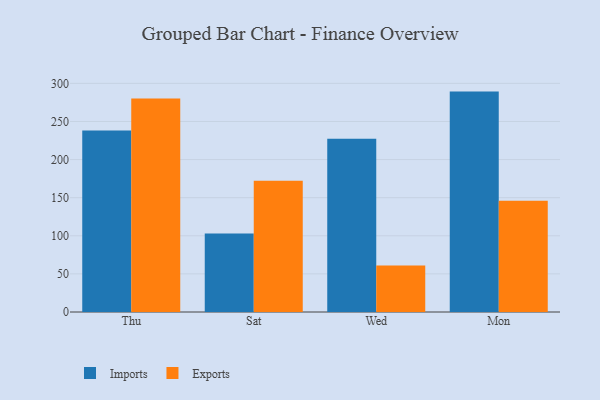
{"axis": {"x": "Day", "y": "Bounce Rate (%)"}, "legend": ["Exports", "Imports"], "data": [{"x": "Thu", "y": 238.2, "type": "Imports"}, {"x": "Thu", "y": 280.2, "type": "Exports"}, {"x": "Sat", "y": 103.1, "type": "Imports"}, {"x": "Sat", "y": 172.3, "type": "Exports"}, {"x": "Wed", "y": 227.2, "type": "Imports"}, {"x": "Wed", "y": 61.1, "type": "Exports"}, {"x": "Mon", "y": 289.2, "type": "Imports"}, {"x": "Mon", "y": 145.9, "type": "Exports"}]}